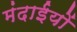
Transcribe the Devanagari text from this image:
मंदाईयों